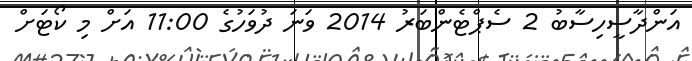
އަންދާސީހިސާބު 2 ސެޕްޓެންބަރު 2014 ވަނަ ދުވަހުގެ 11:00 އަށް މި ކޯޓަށް